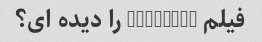
فیلم batwoman را دیده ای؟